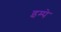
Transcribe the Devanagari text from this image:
इम्पे